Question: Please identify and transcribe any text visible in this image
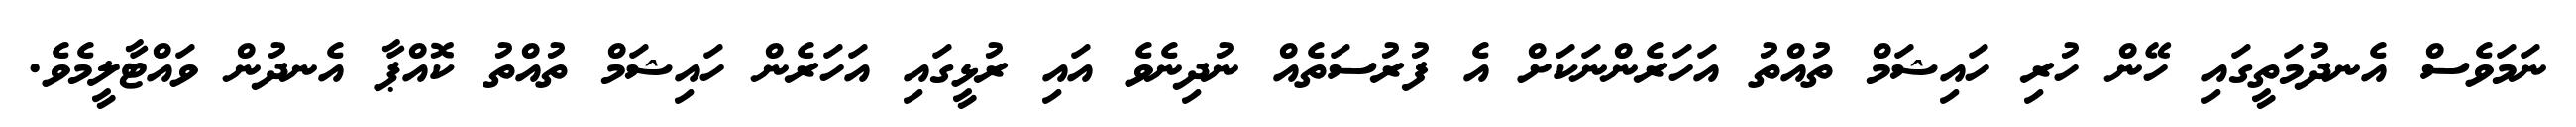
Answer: ނަމަވެސް އެނދުމަތީގައި ހޭން ހުރި ހައިޝަމް ތުއްތު އަހަރެންނަކަށް އެ ފުރުސަތެއް ނުދިނެވެ އައި ރުޅީގައި އަހަރެން ހައިޝަމް ތުއްތު ކޮއްޕާ އެނދުން ވައްޓާލީމެވެ.